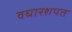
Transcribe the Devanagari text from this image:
वघारशपत